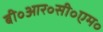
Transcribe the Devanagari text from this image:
बी॰आर॰सी॰एम॰